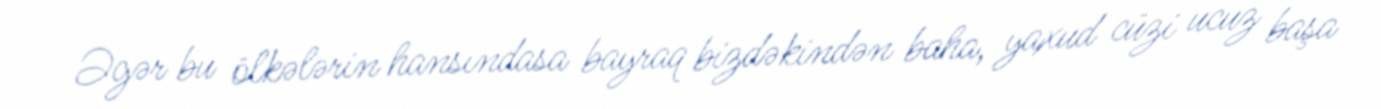
Əgər bu ölkələrin hansındasa bayraq bizdəkindən baha, yaxud cüzi ucuz başa